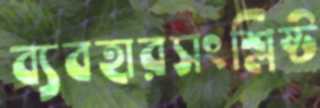
ব্যবহারসংশ্লিষ্ট